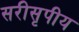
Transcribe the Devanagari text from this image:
सरीसृपीय